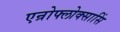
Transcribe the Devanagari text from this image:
एन्रोफ्लोक्सासिं